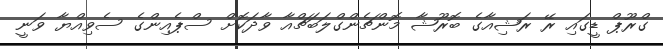
ގްރޫޕް ޑީގައި ރޭ ރަޝިއާގެ ބޮރޫޝާ މޮންޗެންގްލަބަޗްއާ ވާދަކޮށް ސްޕެއިންގެ ސެވިއްޔާ ވަނީ